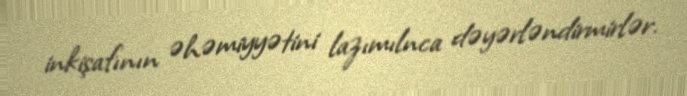
inkişafının əhəmiyyətini lazımılnca dəyərləndirmirlər.